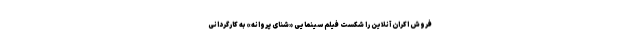
فروش اکران آنلاین را شکست فیلم سینمایی «شنای پروانه» به کارگردانی